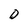
Character: D